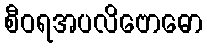
စီဝရအပလိဗောဓော